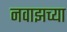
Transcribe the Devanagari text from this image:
नवाझच्या